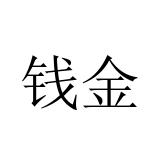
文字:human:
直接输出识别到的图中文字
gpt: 钱金